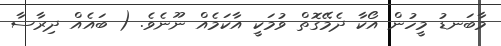
މާބަނޑު މީހުން އޯކާ ދެމޭގޮތް ވުމަކީ އާކަމެއް ނޫނެވެ. ( ބައެއް ދިރާސާ